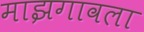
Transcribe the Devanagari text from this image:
माझगावला